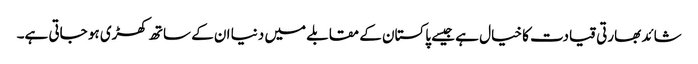
شائد بھارتی قیادت کا خیال ہے جیسے پاکستان کے مقابلے میں دنیا ان کے ساتھ کھڑی ہو جاتی ہے۔